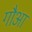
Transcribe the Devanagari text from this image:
गौआ